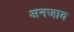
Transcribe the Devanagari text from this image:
अनजाव